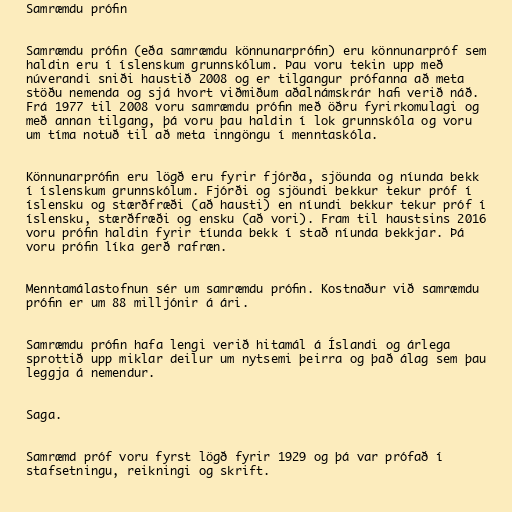
Samræmdu prófin

Samræmdu prófin (eða samræmdu könnunarprófin) eru könnunarpróf sem
haldin eru í íslenskum grunnskólum. Þau voru tekin upp með
núverandi sniði haustið 2008 og er tilgangur prófanna að meta
stöðu nemenda og sjá hvort viðmiðum aðalnámskrár hafi verið náð.
Frá 1977 til 2008 voru samræmdu prófin með öðru fyrirkomulagi og
með annan tilgang, þá voru þau haldin í lok grunnskóla og voru
um tíma notuð til að meta inngöngu í menntaskóla.

Könnunarprófin eru lögð eru fyrir fjórða, sjöunda og níunda bekk
í íslenskum grunnskólum. Fjórði og sjöundi bekkur tekur próf í
íslensku og stærðfræði (að hausti) en níundi bekkur tekur próf í
íslensku, stærðfræði og ensku (að vori). Fram til haustsins 2016
voru prófin haldin fyrir tíunda bekk í stað níunda bekkjar. Þá
voru prófin líka gerð rafræn.

Menntamálastofnun sér um samræmdu prófin. Kostnaður við samræmdu
prófin er um 88 milljónir á ári.

Samræmdu prófin hafa lengi verið hitamál á Íslandi og árlega
sprottið upp miklar deilur um nytsemi þeirra og það álag sem þau
leggja á nemendur.

Saga.

Samræmd próf voru fyrst lögð fyrir 1929 og þá var prófað í
stafsetningu, reikningi og skrift.